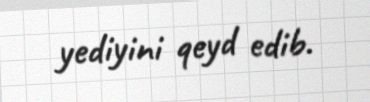
yediyini qeyd edib.